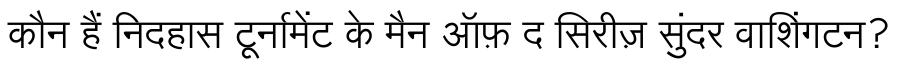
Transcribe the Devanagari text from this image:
कौन हैं निदहास टूर्नामेंट के मैन ऑफ़ द सिरीज़ सुंदर वाशिंगटन?